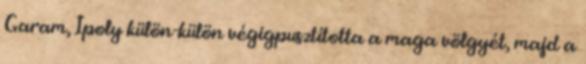
Garam, Ipoly külön-külön végigpusztította a maga völgyét, majd a